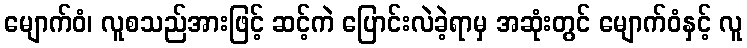
မျောက်ဝံ၊ လူစသည်အားဖြင့် ဆင့်ကဲ ပြောင်းလဲခဲ့ရာမှ အဆုံးတွင် မျောက်ဝံနှင့် လူ